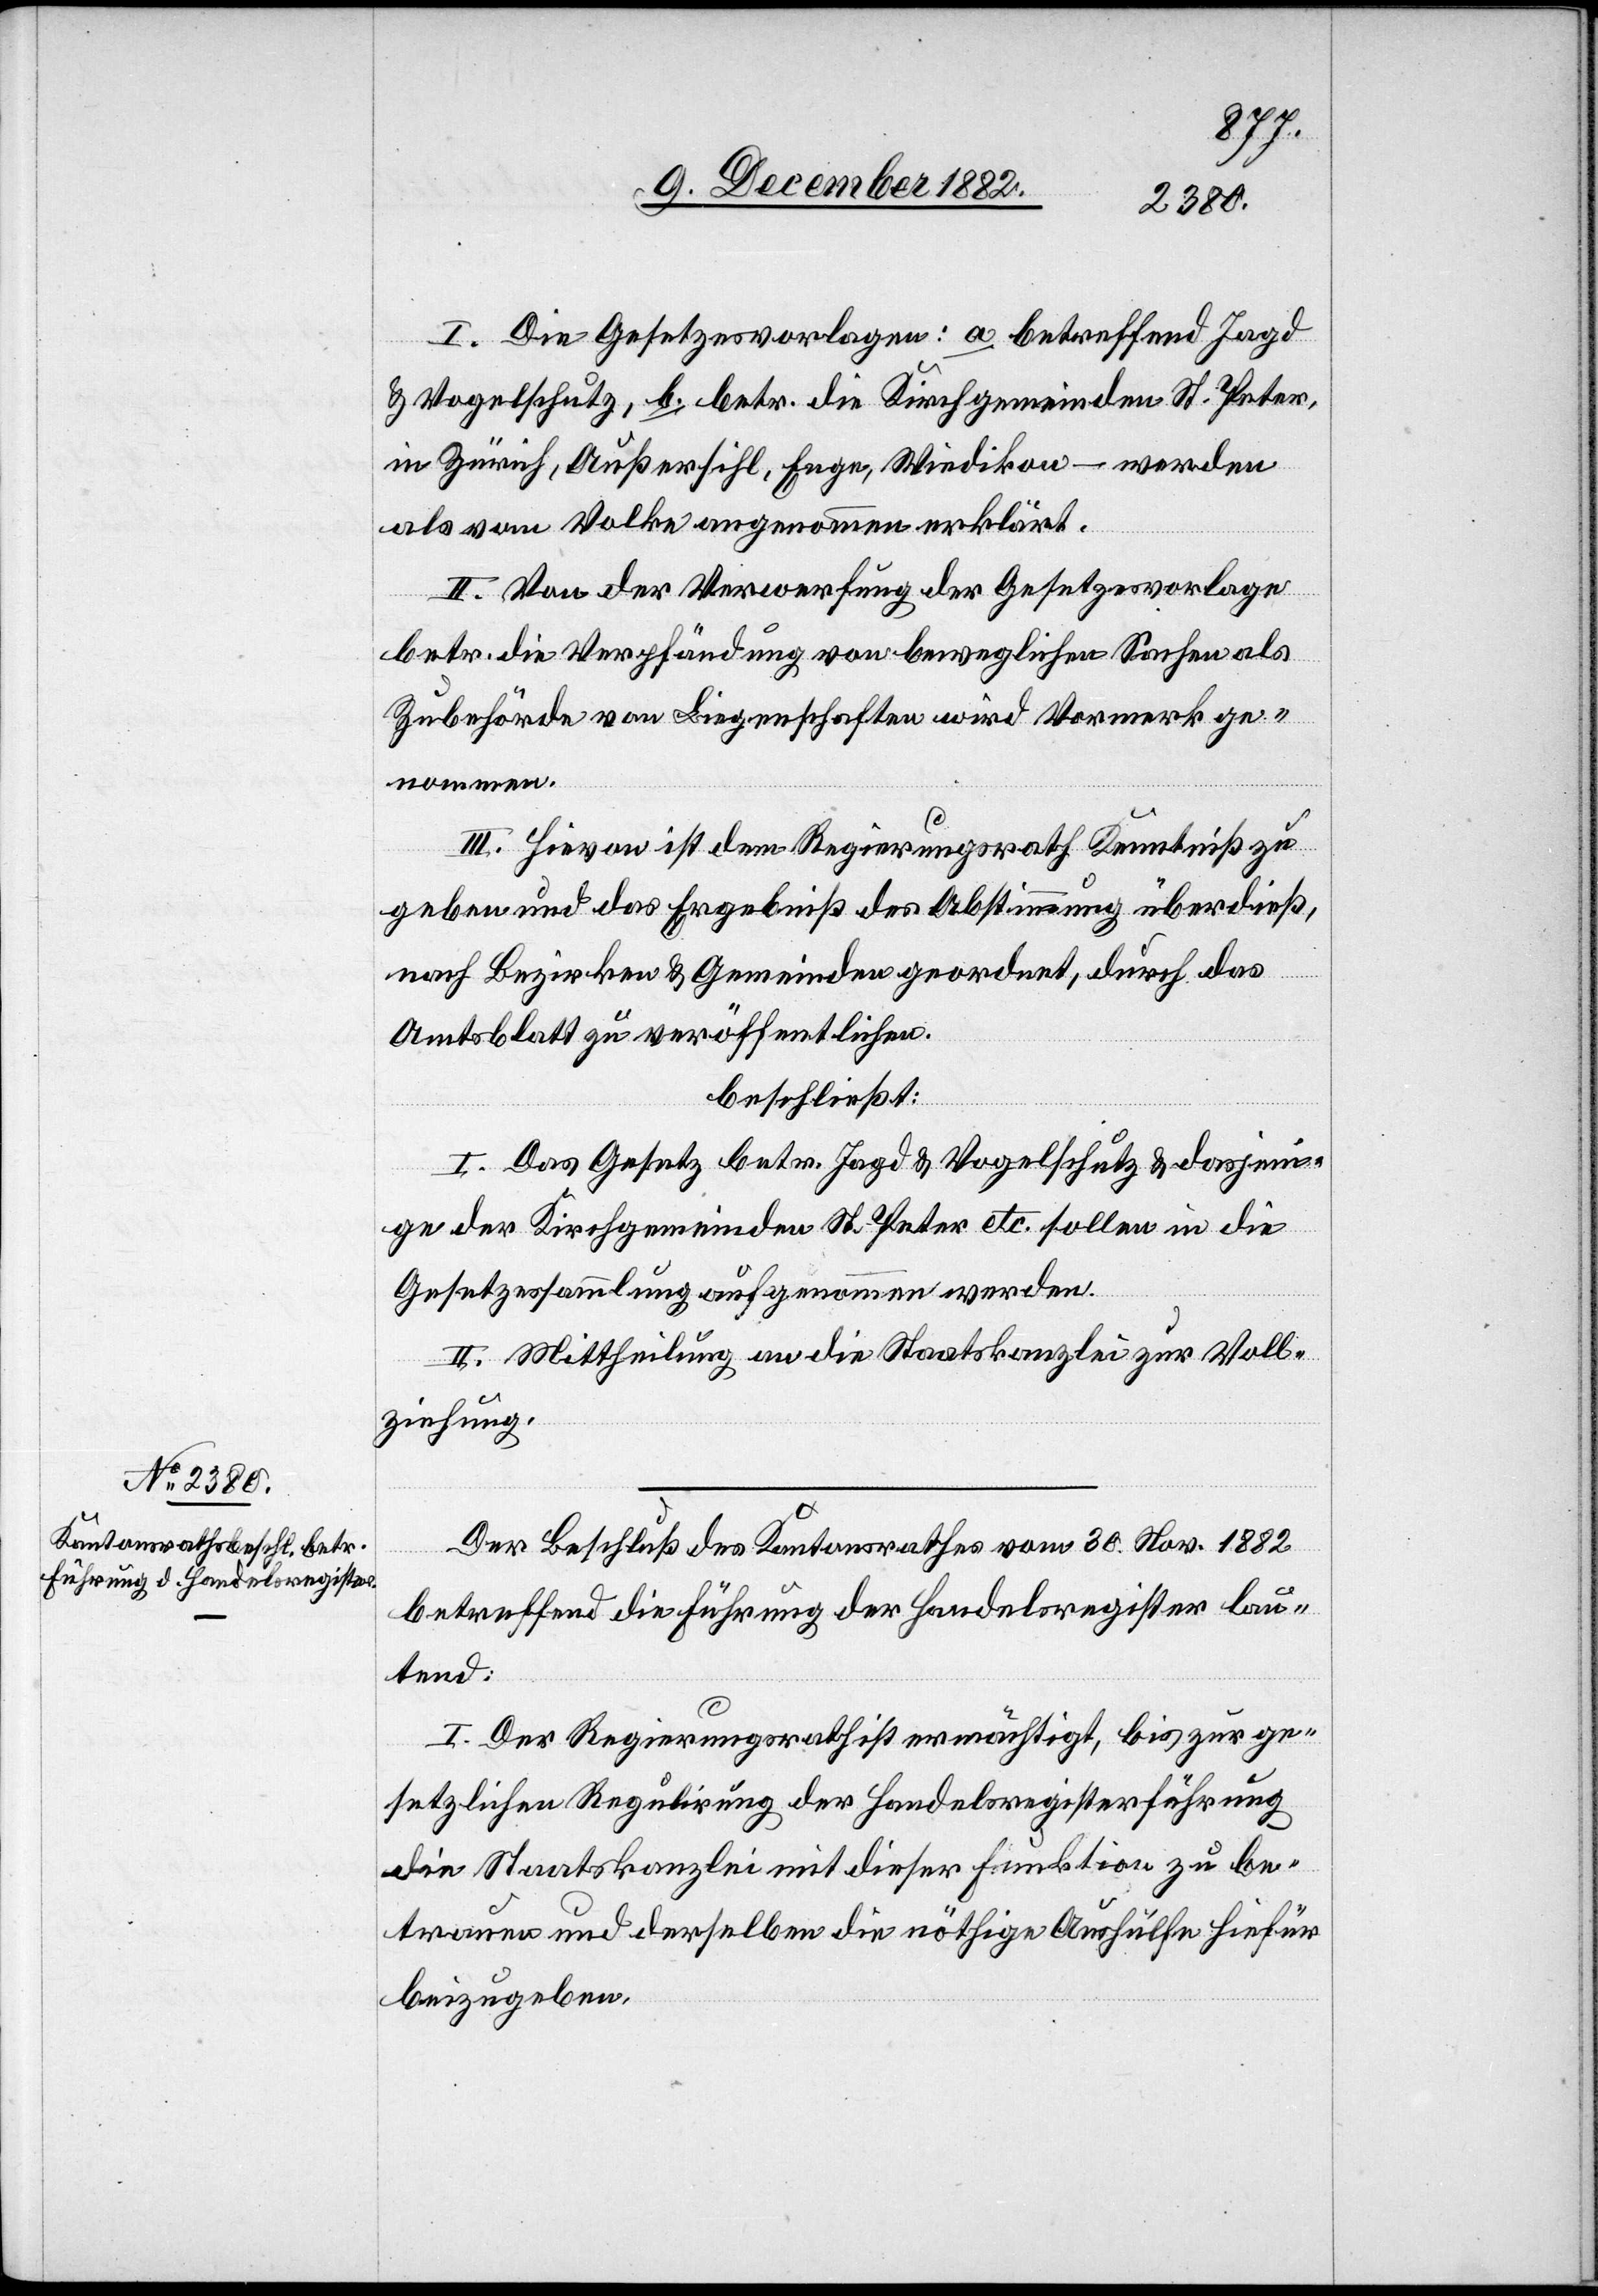
I. Die Gesetzesvorlagen: a. betreffend Jagd
& Vogelschutz, b. betr. die Kirchgemeinden St. Peter,
in Zürich, Außersihl, Enge, Wiedikon – werden
als vom Volke angenommen erklärt.
II. Von der Verwerfung der Gesetzesvorlage
betr. die Verpfändung von beweglichen Sachen als
Zubehörde von Liegenschaften wird Vormerk ge¬
nommen.
III. Hievon ist dem Regierungsrath Kenntniß zu
geben und das Ergebniß der Abstimmung überdieß,
nach Bezirken & Gemeinden geordnet, durch das
Amtsblatt zu veröffentlichen.
beschließt:
I. Das Gesetz betr. Jagd & Vogelschutz & dasjen¬
ige der Kirchgemeinden St. Peter etc. sollen in die
Gesetzessammlung aufgenommen werden.
II. Mittheilung an die Staatskanzlei zur Voll¬
ziehung.
Der Beschluß des Kantonsrathes vom 30. Nov. 1882
betreffend die Führung der Handelsregister lau¬
tend:
I. Der Regierungsrath ist ermächtigt, bis zur ge¬
setzlichen Regulierung der Handelsregisterführung
die Staatskanzlei mit dieser Funktion zu be¬
trauen und derselben die nöthige Aushülfe hiefür
beizugeben.